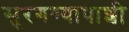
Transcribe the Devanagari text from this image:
सुरगण्यापाशी